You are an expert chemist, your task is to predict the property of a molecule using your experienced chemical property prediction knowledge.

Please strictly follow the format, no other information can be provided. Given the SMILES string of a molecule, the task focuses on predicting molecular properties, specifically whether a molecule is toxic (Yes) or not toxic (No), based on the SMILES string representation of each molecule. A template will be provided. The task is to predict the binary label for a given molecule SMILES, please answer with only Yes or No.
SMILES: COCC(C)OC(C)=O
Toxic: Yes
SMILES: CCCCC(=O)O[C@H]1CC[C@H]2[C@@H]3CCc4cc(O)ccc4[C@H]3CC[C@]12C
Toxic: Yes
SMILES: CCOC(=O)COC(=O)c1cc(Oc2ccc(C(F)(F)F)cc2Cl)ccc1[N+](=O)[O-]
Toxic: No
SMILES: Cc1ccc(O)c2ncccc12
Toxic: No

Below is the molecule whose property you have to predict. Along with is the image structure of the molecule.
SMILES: Nc1nc2cc(Cl)ccc2o1
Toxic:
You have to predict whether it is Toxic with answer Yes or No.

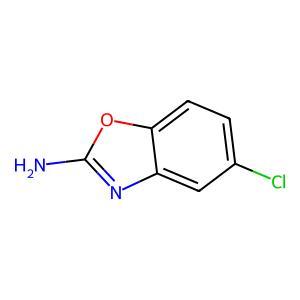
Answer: No